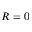
R = 0